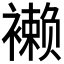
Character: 𧝝